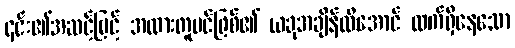
၎င်း၏အဆင့်မြင့် အလားတူပင်ဖြစ်၏ ယခုအချိန်ထိအောင် လက်ရှိနေသော